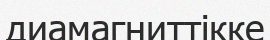
диамагниттікке